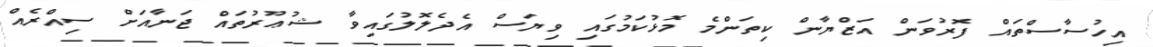
އިހުސާސްތައް ފޮރުވަން އަޒްޔާން ކިތަންމެ މޮޅުކަމުގައި ވިޔަސް އެދެލޮލުގައިވާ ޝުޢޫރުތައް ޖަނާއަށް ސިއްރެއް